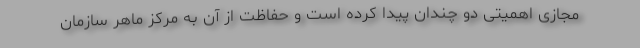
مجازی اهمیتی دو چندان پیدا کرده است و حفاظت از آن به مرکز ماهر سازمان